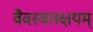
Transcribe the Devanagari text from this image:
वैवस्वतक्षयम्